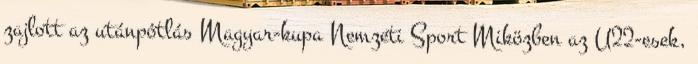
zajlott az utánpótlás Magyar-kupa Nemzeti Sport Miközben az U22-esek,